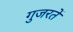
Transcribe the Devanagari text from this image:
गुजरतें